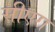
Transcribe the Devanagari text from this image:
सीएरा